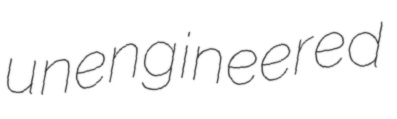
unengineered